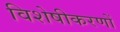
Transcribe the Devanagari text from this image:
विशेषीकरणों